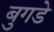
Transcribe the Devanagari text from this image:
बुगडे